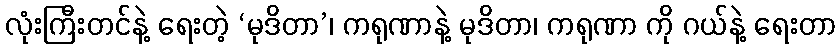
လုံးကြီးတင်နဲ့ ရေးတဲ့ ‘မုဒိတာ’၊ ကရုဏာနဲ့ မုဒိတာ၊ ကရုဏာ ကို ဂယ်နဲ့ ရေးတာ